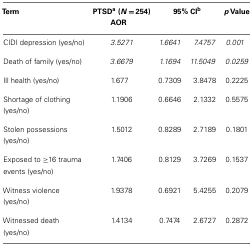
<table><thead><tr><td><b>Term</b></td><td><b>PTSD<sup>a</sup> (<i>N</i> = 254) AOR</b></td><td colspan="2"><b>95% CI<sup>b</sup></b></td><td><b><i>p</i> Value</b></td></tr></thead><tbody><tr><td>CIDI depression (yes/no)</td><td><i>3.5271</i></td><td><i>1.6641</i></td><td><i>7.4757</i></td><td><i>0.001</i></td></tr><tr><td>Death of family (yes/no)</td><td><i>3.6679</i></td><td><i>1.1694</i></td><td><i>11.5049</i></td><td><i>0.0259</i></td></tr><tr><td>Ill health (yes/no)</td><td>1.677</td><td>0.7309</td><td>3.8478</td><td>0.2225</td></tr><tr><td>Shortage of clothing (yes/no)</td><td>1.1906</td><td>0.6646</td><td>2.1332</td><td>0.5575</td></tr><tr><td>Stolen possessions (yes/no)</td><td>1.5012</td><td>0.8289</td><td>2.7189</td><td>0.1801</td></tr><tr><td>Exposed to ≥16 trauma events (yes/no)</td><td>1.7406</td><td>0.8129</td><td>3.7269</td><td>0.1537</td></tr><tr><td>Witness violence (yes/no)</td><td>1.9378</td><td>0.6921</td><td>5.4255</td><td>0.2079</td></tr><tr><td>Witnessed death (yes/no)</td><td>1.4134</td><td>0.7474</td><td>2.6727</td><td>0.2872</td></tr></tbody></table>